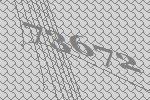
73672